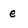
Character: e